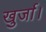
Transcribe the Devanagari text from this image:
खुर्जा।